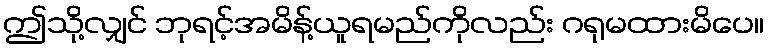
ဤသို့လျှင် ဘုရင့်အမိန့်ယူရမည်ကိုလည်း ဂရုမထားမိပေ။